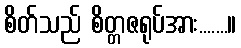
စိတ်သည် စိတ္တဇရုပ်အား.......။